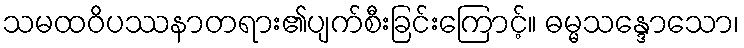
သမထဝိပဿနာတရား၏ပျက်စီးခြင်းကြောင့်။ ဓမ္မသန္ဒောသော၊